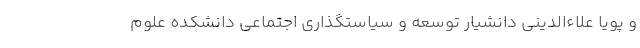
و پویا علاءالدینی دانشیار توسعه و سیاستگذاری اجتماعی دانشکده علوم